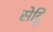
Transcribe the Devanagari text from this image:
सेट्ठि